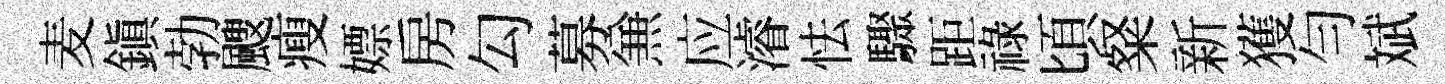
麦鎭勃颼瘦嫖房勾募𠔥应濬怯驟距祿頃粲新獲勻斌